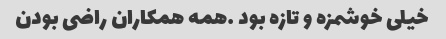
خیلی خوشمزه و تازه بود …همه همکاران راضی بودن